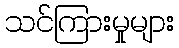
သင်ကြားမှုများ